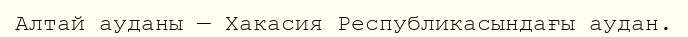
Алтай ауданы — Хакасия Республикасындағы аудан.